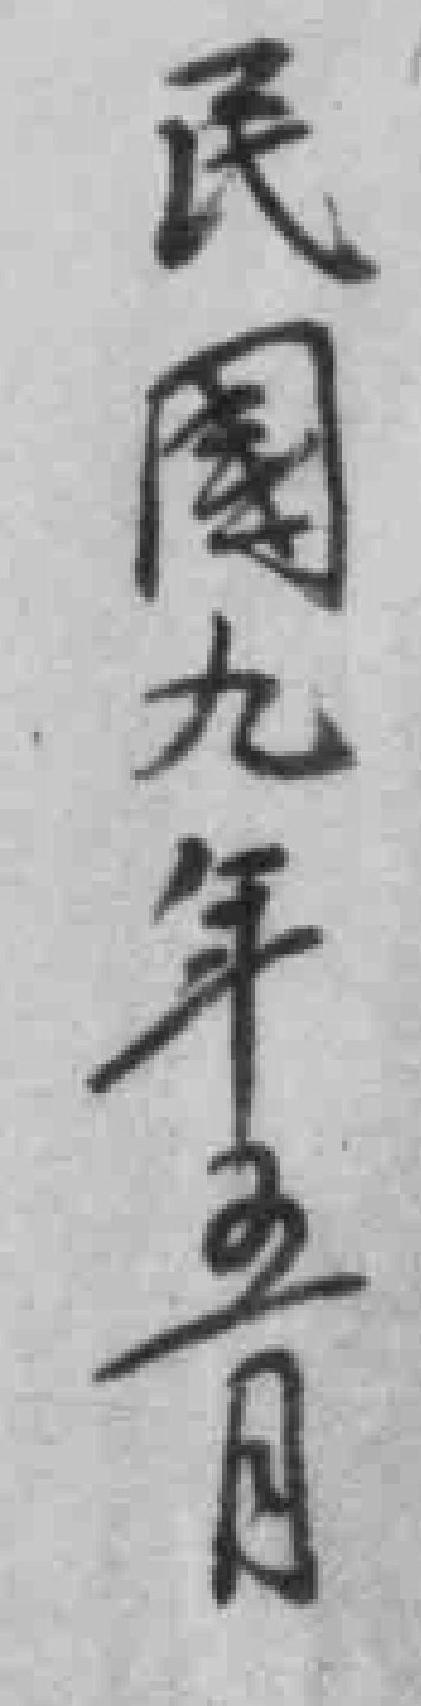
民園九年五月